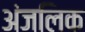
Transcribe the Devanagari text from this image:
अंजलिक